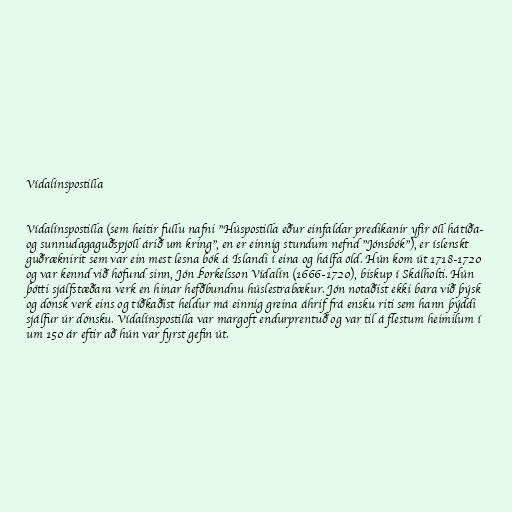
Vídalínspostilla

Vídalínspostilla (sem heitir fullu nafni "Húspostilla eður einfaldar predikanir yfir öll hátíða-
og sunnudagaguðspjöll árið um kring", en er einnig stundum nefnd "Jónsbók"), er íslenskt
guðræknirit sem var ein mest lesna bók á Íslandi í eina og hálfa öld. Hún kom út 1718-1720
og var kennd við höfund sinn, Jón Þorkelsson Vídalín (1666-1720), biskup í Skálholti. Hún
þótti sjálfstæðara verk en hinar hefðbundnu húslestrabækur. Jón notaðist ekki bara við þýsk
og dönsk verk eins og tíðkaðist heldur má einnig greina áhrif frá ensku riti sem hann þýddi
sjálfur úr dönsku. Vídalínspostilla var margoft endurprentuð og var til á flestum heimilum í
um 150 ár eftir að hún var fyrst gefin út.